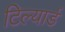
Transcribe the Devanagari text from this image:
टिल्यार्ड